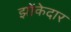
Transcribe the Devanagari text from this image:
झोंकेदार